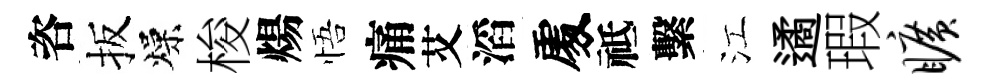
咨扳燥梭煬悟痛艾滔𠁅祗繫江遹瑕旷